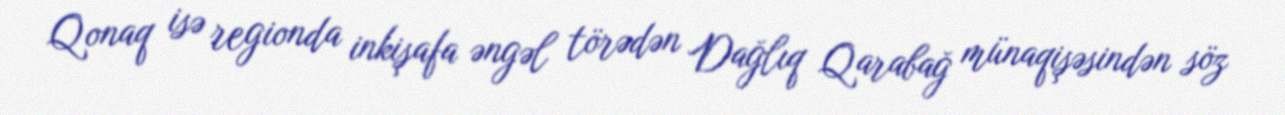
Qonaq isə regionda inkişafa əngəl törədən Dağlıq Qarabağ münaqişəsindən söz